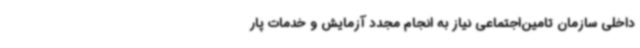
داخلی سازمان تامین‌اجتماعی نیاز به انجام مجدد آزمایش‌ و خدمات پار